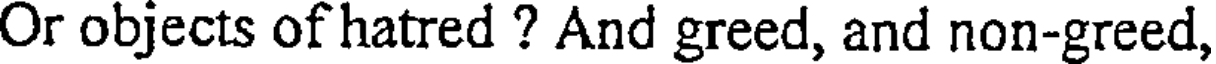
Or objects of hatred ? And greed, and non-greed,